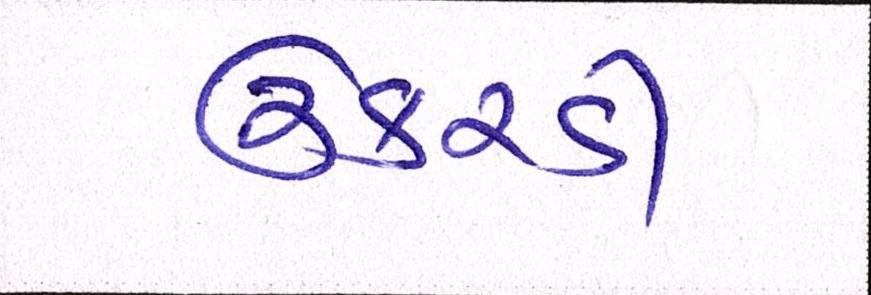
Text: ઉકરડી